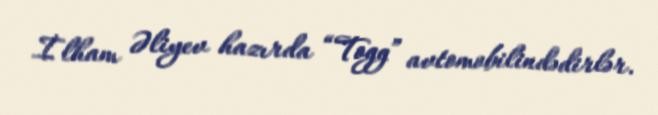
İlham Əliyev hazırda “Togg” avtomobilindədirlər.